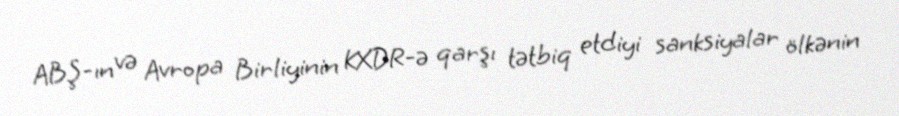
ABŞ-ın və Avropa Birliyinin KXDR-ə qarşı tətbiq etdiyi sanksiyalar ölkənin